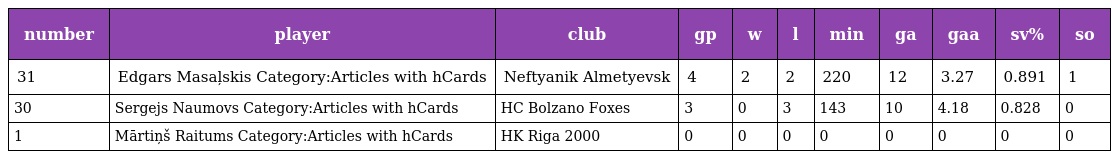
| number | player | club | gp | w | l | min | ga | gaa | sv% | so |
 | --- | --- | --- | --- | --- | --- | --- | --- | --- | --- | --- |
 | 31 | Edgars Masaļskis Category:Articles with hCards | Neftyanik Almetyevsk | 4 | 2 | 2 | 220 | 12 | 3.27 | 0.891 | 1 |
 | 30 | Sergejs Naumovs Category:Articles with hCards | HC Bolzano Foxes | 3 | 0 | 3 | 143 | 10 | 4.18 | 0.828 | 0 |
 | 1 | Mārtiņš Raitums Category:Articles with hCards | HK Riga 2000 | 0 | 0 | 0 | 0 | 0 | 0 | 0 | 0 |